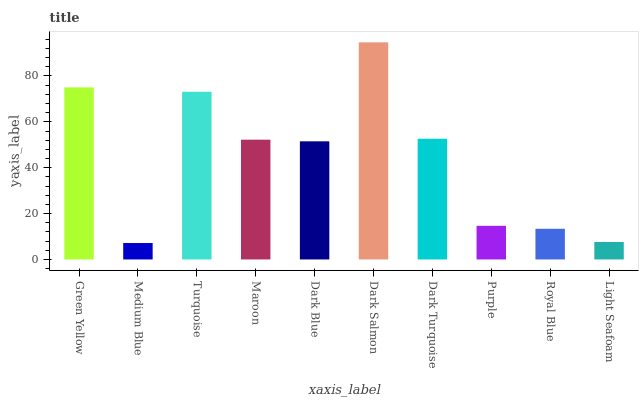
| xaxis_label | bars |
 | --- | --- |
 | Green Yellow | 75 |
 | Medium Blue | 7.17 |
 | Turquoise | 73.1 |
 | Maroon | 52.2 |
 | Dark Blue | 51.5 |
 | Dark Salmon | 94.7 |
 | Dark Turquoise | 52.6 |
 | Purple | 14.7 |
 | Royal Blue | 13.4 |
 | Light Seafoam | 7.62 |